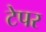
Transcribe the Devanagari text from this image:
टेपर